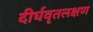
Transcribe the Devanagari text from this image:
दीर्घवृतलक्षण